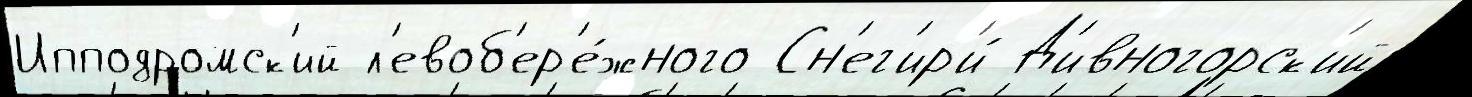
Ипподромск'ий л'евоб'ер'е́жного Сн'ег'ир'и́ Д'ивногорск'ий